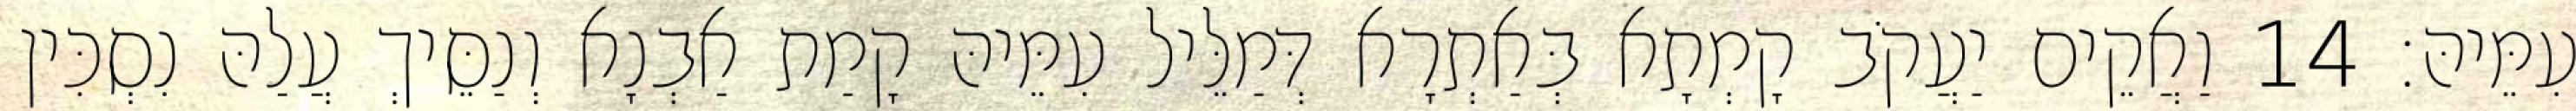
עִמֵּיהּ׃ 14 וַאֲקֵים יַעֲקֹב קָמְתָא בְּאַתְרָא דְּמַלֵּיל עִמֵּיהּ קָמַת אַבְנָא וְנַסֵּיךְ עֲלַהּ נִסְכִּין